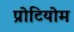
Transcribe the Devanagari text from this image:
प्रोटियोम